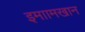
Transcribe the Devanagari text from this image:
इमाामखान